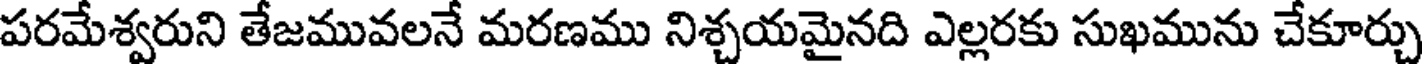
పరమేశ్వరుని తేజమువలనే మరణము నిశ్చయమైనది ఎల్లరకు సుఖమును చేకూర్చు